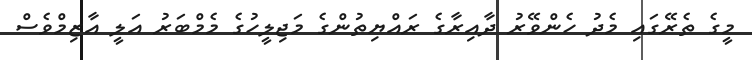
މީގެ ތެރޭގައި މެދު ހެންވޭރު ދާއިރާގެ ރައްޔިތުންގެ މަޖިލީހުގެ މެމްބަރު އަލީ އާޒިމްވެސް